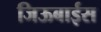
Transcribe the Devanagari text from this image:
जिऊबाईस